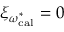
\xi _ { \omega _ { \mathrm { c a l } } ^ { * } } = 0